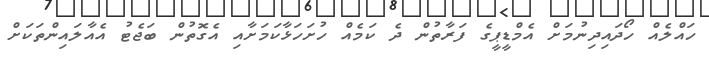
ހައްލެއް ހޯދައިދިނުމަށް އެމްޑީޕީގެ ފަރާތުން ދެ ކަމެއް ހުށަހަޅާކަމަށާއި އެގޮތުން ބަޖެޓު އެއާލައިންތަކަށް